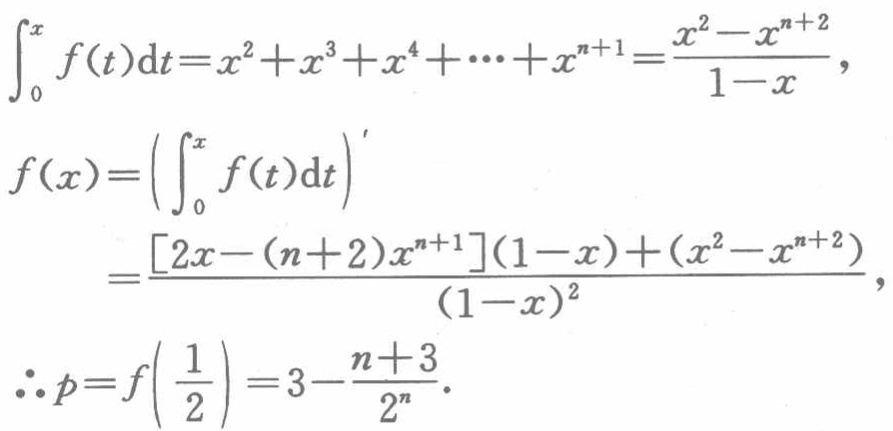
\[\begin{align*}
\int_{0}^{x} f(t)\mathrm{d}t&=x^{2}+x^{3}+x^{4}+\cdots +x^{n + 1}=\frac{x^{2}-x^{n + 2}}{1 - x},\\
f(x)&=\left(\int_{0}^{x} f(t)\mathrm{d}t\right)'\\
&=\frac{\left[2x-(n + 2)x^{n + 1}\right](1 - x)+(x^{2}-x^{n + 2})}{(1 - x)^{2}},\\
\therefore p&=f\left(\frac{1}{2}\right)=3-\frac{n + 3}{2^{n}}.
\end{align*}\]